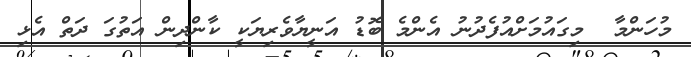
މުހަންމާ  މިގައުމަށްއުފެދުނު އެންމެ ބޮޑު އަނީޔާވެރިޔަކީ ކާންދިން އަތުގަ ދަތް އެޅި